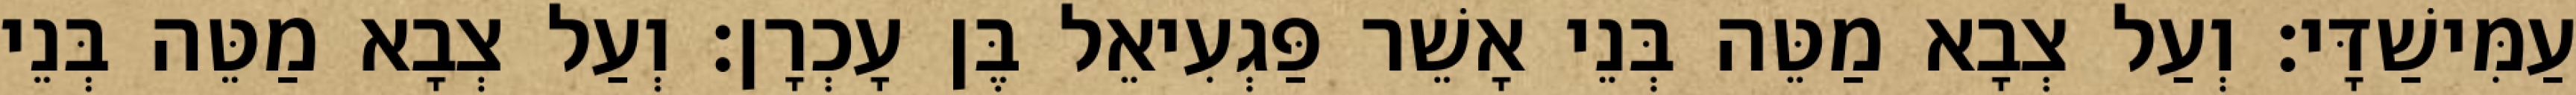
עַמִּישַׁדָּי׃ וְעַל צְבָא מַטֵּה בְּנֵי אָשֵׁר פַּגְעִיאֵל בֶּן עָכְרָן׃ וְעַל צְבָא מַטֵּה בְּנֵי